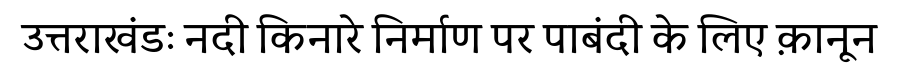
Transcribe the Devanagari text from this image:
उत्तराखंडः नदी किनारे निर्माण पर पाबंदी के लिए क़ानून